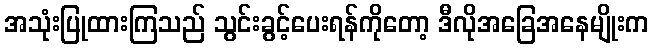
အသုံးပြုထားကြသည် သွင်းခွင့်ပေးရန်ကိုတော့ ဒီလိုအခြေအနေမျိုးက